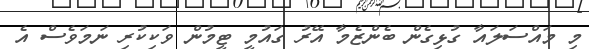
މި މައްސަލައާ ގުޅިގެން ބެންޒެމާ އޭރު ގައުމީ ޓީމުން ވަކިކުރި ނަމަވެސް އެ